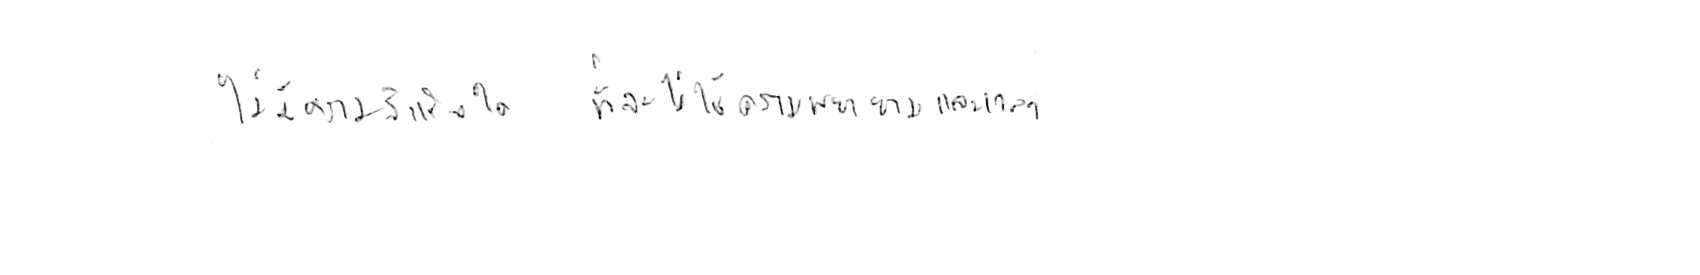
ไม่มีความสำเร็จใด ที่จะไม่ใช้ความพยายามและเวลา